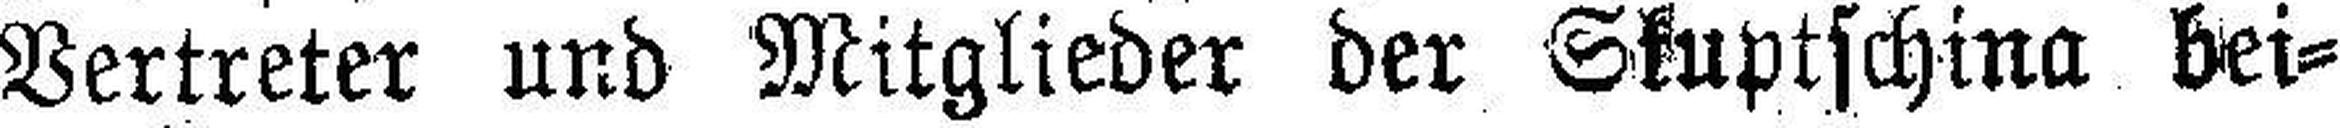
Vertreter und Mitglieder der Skuptschina bei¬